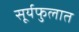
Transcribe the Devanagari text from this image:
सूर्यफुलात